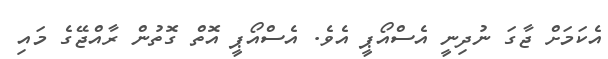
އެކަމަށް ޖާގަ ނުދިނީ އެސްއޯޕީ އެވެ. އެސްއޯޕީ އޮތް ގޮތުން ރާއްޖޭގެ މައި